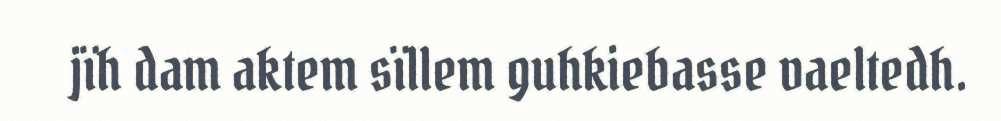
jïh dam aktem sïllem guhkiebasse vaeltedh.